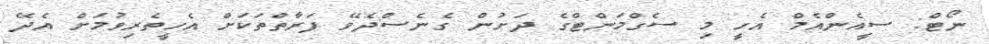
ނޯޓް: ސީއެންއެމް އެހީ މި ސެގްމަންޓްގެ ދަށުން ގެނެސްދެވޭ ފަރާތްތަކަށް އެހީތެރިވުމަށް އެދޭ